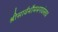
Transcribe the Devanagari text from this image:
श्रीसार्वभौमभगवंस्तव